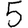
Digit: 5